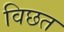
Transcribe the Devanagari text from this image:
विछत